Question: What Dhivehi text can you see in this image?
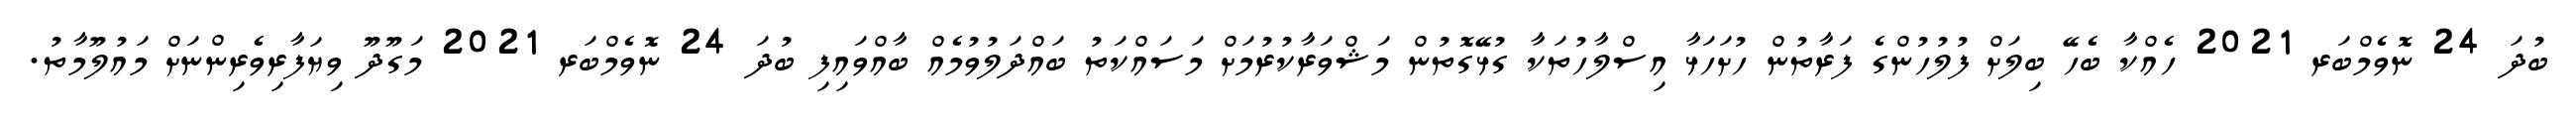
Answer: ބުދަ 24 ނޮވެމްބަރ 2021 ހެއްކާ ބެހޭ ބިލަށް ފުލުހުންގެ ފަރާތުން ހުށަހަޅާ އިސްލާހުތަކާ ގުޅޭގޮތުން މަޝްވަރާކުރުމަށް މަސައްކަތު ބައްދަލުވުމެއް ބާއްވައިފި ބުދަ 24 ނޮވެމްބަރ 2021 މަގޫދޫ ވިޔަފާރިވެރިންނަށް މައުލޫމާތު.